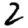
Digit: 2